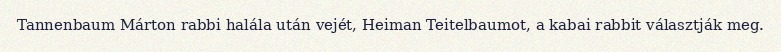
Tannenbaum Márton rabbi halála után vejét, Heiman Teitelbaumot, a kabai rabbit választják meg.